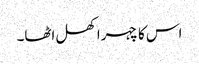
اس کا چہرا کھل اٹھا۔